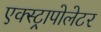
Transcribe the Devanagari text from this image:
एक्स्ट्रापोलेटर